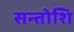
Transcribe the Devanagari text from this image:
सन्तोशि